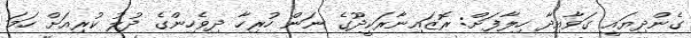
ގެންދިޔައީ ގަވާއިދާ ހިލާފަށް: ރޮޒައިނާރަކީދޫގެ ނަން ހުރިހާ ދިވެހިންގެ ދުލު ކުރިއަށް ހަމަ